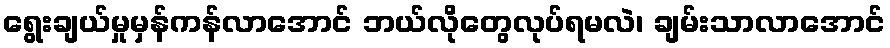
ရွေးချယ်မှုမှန်ကန်လာအောင် ဘယ်လိုတွေလုပ်ရမလဲ၊ ချမ်းသာလာအောင်